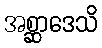
အစ္ဆာဒေသိ